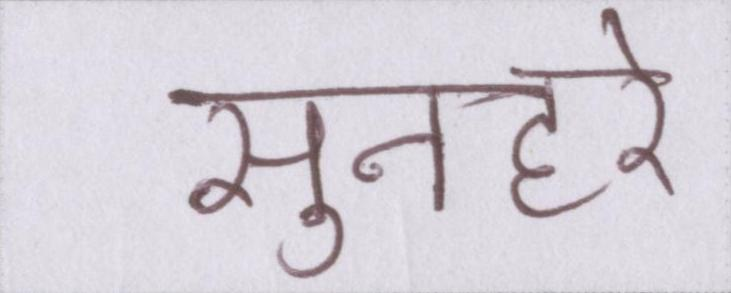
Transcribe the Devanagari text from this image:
सुनहरे